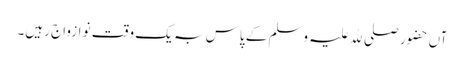
آں حضور صلی ﷲ علیہ وسلم کے پاس بہ یک وقت نو ازواج رہیں۔